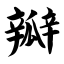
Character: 瓣